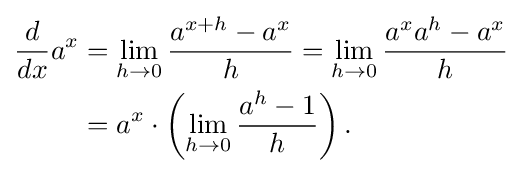
{\begin{aligned}{\frac {d}{dx}}a^{x}&=\lim _{h\to 0}{\frac {a^{x+h}-a^{x}}{h}}=\lim _{h\to 0}{\frac {a^{x}a^{h}-a^{x}}{h}}\\&=a^{x}\cdot \left(\lim _{h\to 0}{\frac {a^{h}-1}{h}}\right).\end{aligned}}